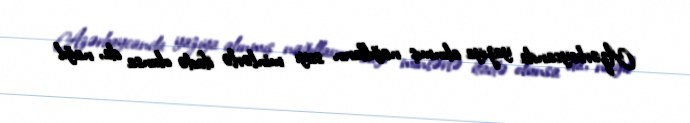
Azərbaycanda yazıya alınmış nağılların sayı minlərlə ifadə olunsa da, nağıl